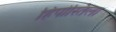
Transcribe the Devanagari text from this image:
हिपोस्तिला